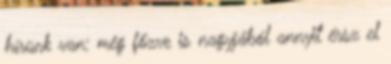
hírünk van: még főzve is nagyjából annyit érsz el